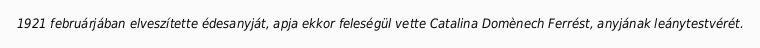
1921 februárjában elveszítette édesanyját, apja ekkor feleségül vette Catalina Domènech Ferrést, anyjának leánytestvérét.